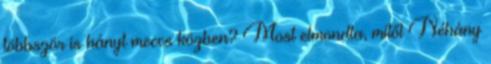
többször is hányt meccs közben? Most elmondta, mitől Néhány